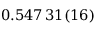
0 . 5 4 7 \, 3 1 ( 1 6 )